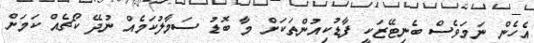
އެހެން ނަމަވެސް ބެނިޓޭޒަކީ ފާޑުކިއުންތަކަށް މާ ބޮޑު ސަމާލުކަމެއް ނުދޭ ކޯޗެއް ކަމަށް